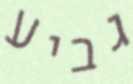
גביע